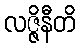
လဇ္ဇိနီတိ